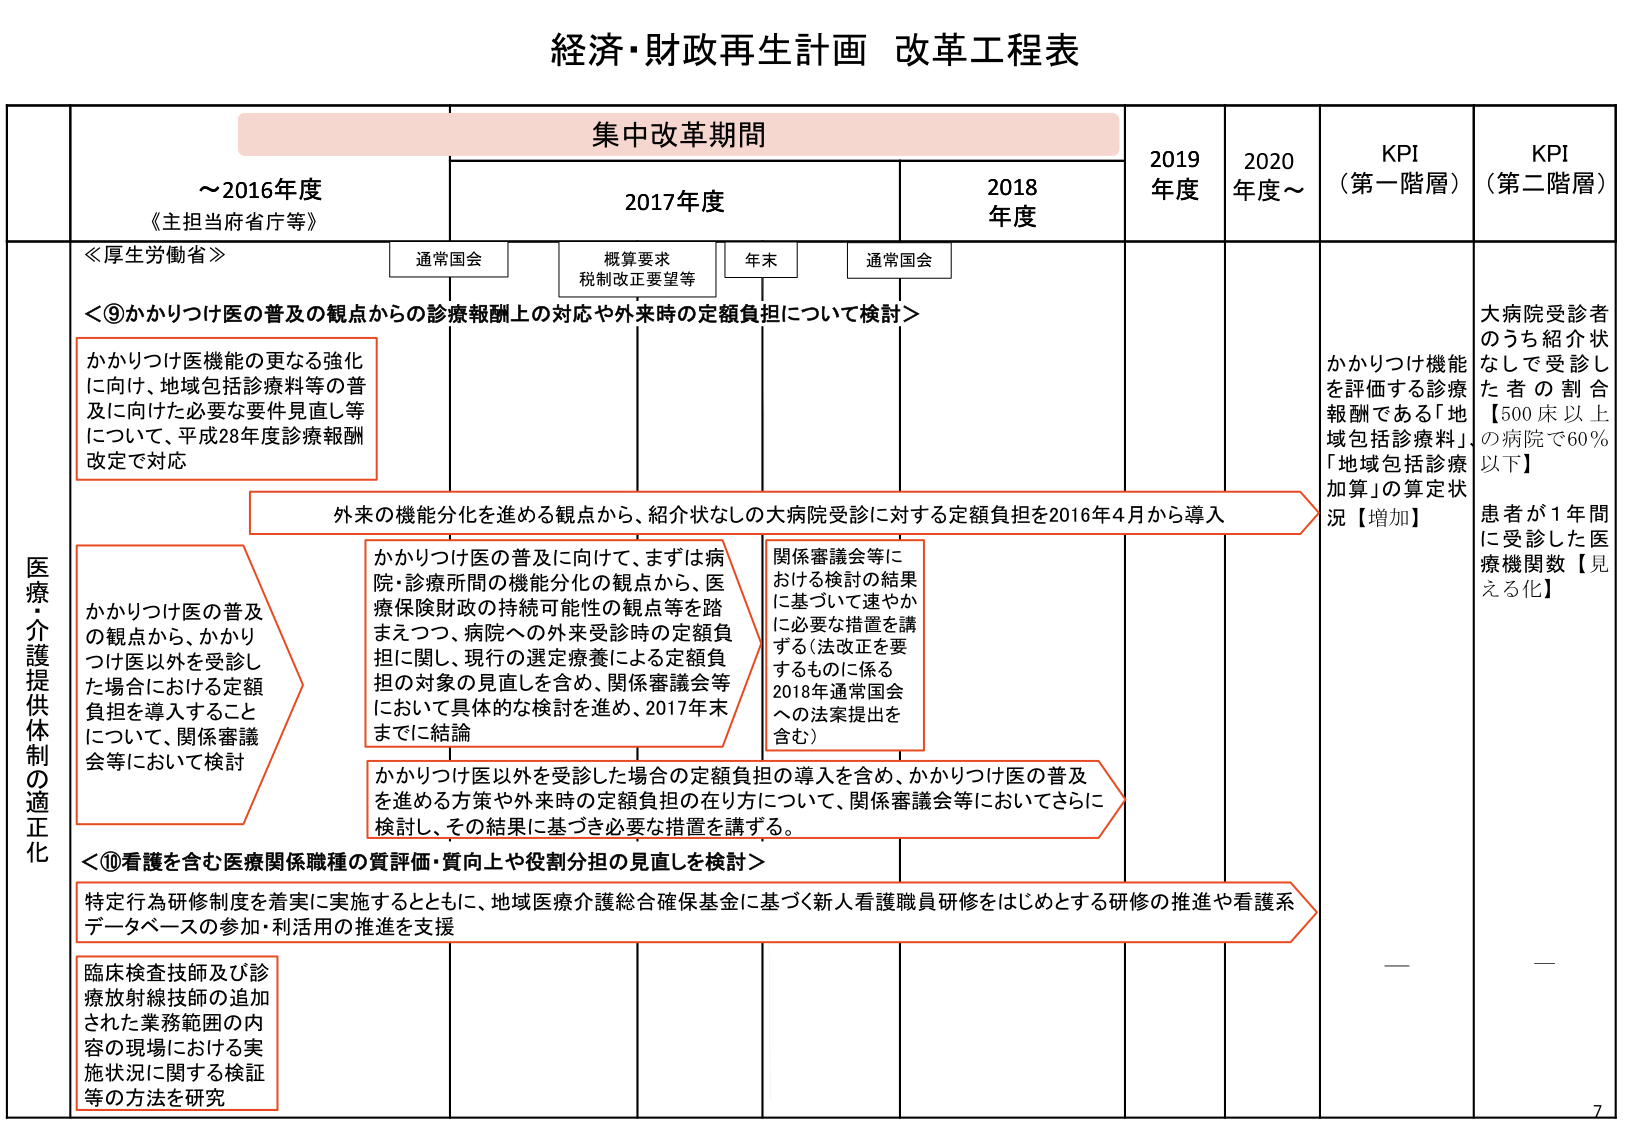
経済・財政再生計画 改革工程表

集中改革期間

～2016年度
《主担当府省庁等》

2017年度
通常国会
概算要求
税制改正要望等
年末
通常国会

2018年度

2019年度

2020年度～

KPI（第一階層）

KPI（第二階層）

≪厚生労働省≫

＜⑨かかりつけ医の普及の観点からの診療報酬上の対応や外来時の定額負担について検討＞

かかりつけ医機能の更なる強化に向け、地域包括診療料等の普及に向けた必要な要件見直し等について、平成28年度診療報酬改定で対応

外来の機能分化を進める観点から、紹介状なしの大病院受診に対する定額負担を2016年4月から導入

かかりつけ医の普及の観点から、かかりつけ医以外を受診した場合における定額負担を導入することについて、関係審議会等において検討

かかりつけ医の普及に向け、まずは病院・診療所間の機能分化の観点から、医療保険財政の持続可能性の観点等を踏まえつつ、病院への外来受診時の定額負担に関し、現行の選定療養による定額負担の対象の見直しを含め、関係審議会等において具体的な検討を進め、2017年末までに結論

関係審議会等における検討の結果に基づいて速やかに必要な措置を講ずる（法改正を要するものに係る2018年通常国会への法案提出を含む）

かかりつけ医以外を受診した場合の定額負担を含め、かかりつけ医の普及を進める方策や外来時の定額負担の在り方について、関係審議会等においてさらに検討し、その結果に基づき必要な措置を講ずる。

＜⑩看護を含む医療関係職種の質評価・質向上や役割分担の見直しを検討＞

特定行為研修制度を着実に実施するとともに、地域医療介護総合確保基金に基づく新人看護職員研修をはじめとする研修の推進や看護系データベースの参加・利活用の推進を支援

臨床検査技師及び診療放射線技師の追加された業務範囲の内容の現場における実施状況に関する検証等の方法を研究

かかりつけ機能を評価する診療報酬である「地域包括診療料」、「地域包括診療加算」の算定状況【増加】

大病院受診者のうち紹介状なしで受診した者の割合【500床以上の病院で60％以下】

患者が1年間に受診した医療機関数【見える化】

医療・介護提供体制の適正化

7